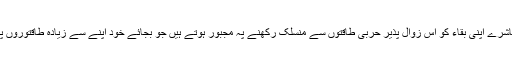
ذہنی طور پہ غلام معاشرے اپنی بقاء کو اس زوال پذیر حربی طاقتوں سے منسلک رکھنے پہ مجبور ہوتے ہیں جو بجائے خود اپنے سے زیادہ طاقتوروں پہ انحصار رکھتی ہیں۔